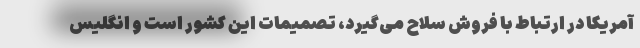
آمریکا در ارتباط با فروش سلاح می‌گیرد، تصمیمات این کشور است و انگلیس